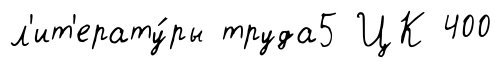
л'ит'ерату́ры труда5 ЦК 400